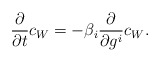
\begin{align*}{\partial\over \partial t} c_W= -\beta_i {\partial\over \partial g^i} c_W .\end{align*}